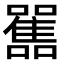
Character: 𩁁